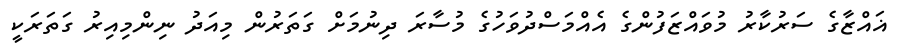
ޣައްޒާގެ ސަރުކާރު މުވައްޒަފުންގެ އެއްމަސްދުވަހުގެ މުސާރަ ދިނުމަށް ގަތަރުން މިއަދު ނިންމިއިރު ގަތަރަކީ